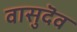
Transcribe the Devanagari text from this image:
वासुदॆव